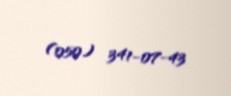
(050) 341-07-43